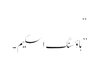
“
”ہاؤسنگ اسکیم۔